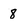
Character: 8